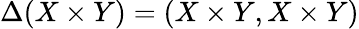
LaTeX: \Delta(X\times Y)=(X\times Y,X\times Y)